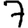
Digit: 7